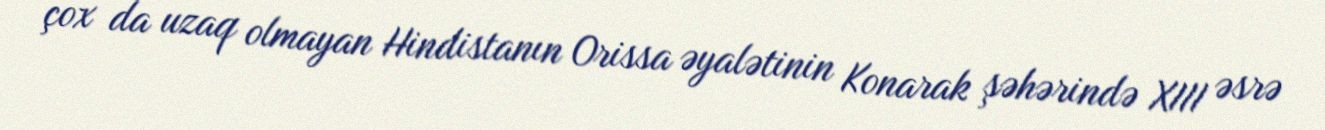
çox da uzaq olmayan Hindistanın Orissa əyalətinin Konarak şəhərində XIII əsrə